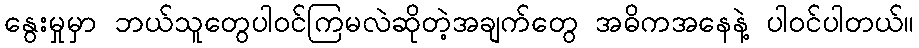
နွေးမှုမှာ ဘယ်သူတွေပါဝင်ကြမလဲဆိုတဲ့အချက်တွေ အဓိကအနေနဲ့ ပါဝင်ပါတယ်။